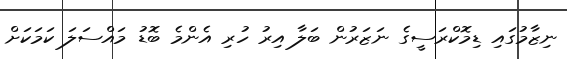
ނިޒާމުގައި ޑިމޮކްރަސީގެ ނަޒަރުން ބަލާ އިރު ހުރި އެންމެ ބޮޑު މައްސަލަ ކަމަކަށް